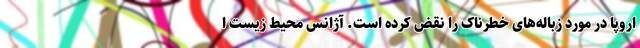
اروپا در مورد زباله‌های خطرناک را نقض کرده است. آژانس محیط زیست ا